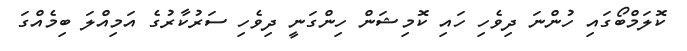
ކޮލަމްބޯގައި ހުންނަ ދިވެހި ހައި ކޮމިޝަން ހިންގަނީ ދިވެހި ސަރުކާރުގެ އަމިއްލަ ބިމެއްގަ